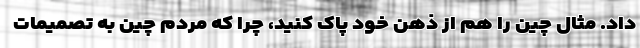
داد. مثال چین را هم از ذهن خود پاک کنید، چرا که مردم چین به تصمیمات